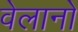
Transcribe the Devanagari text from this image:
वेलानो